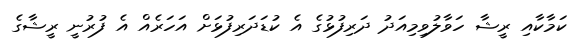
ކަމާކާއި ރީޝާ ހަވާލުވިމިއަދު ދަރިފުޅުގެ އެ ކުޑަދަރިފުޅަށް އަހަރެއް އެ ފުރުނީ ރީޝާގެ